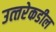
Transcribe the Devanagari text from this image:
उत्‍तरेकडील